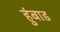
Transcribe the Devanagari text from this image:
हुंबाड